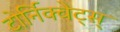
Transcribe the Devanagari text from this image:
टोर्निक्वेट्स्